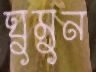
ঘুমুন